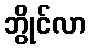
ဘွိုင်လာ